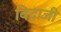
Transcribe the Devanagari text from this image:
बिदाजी